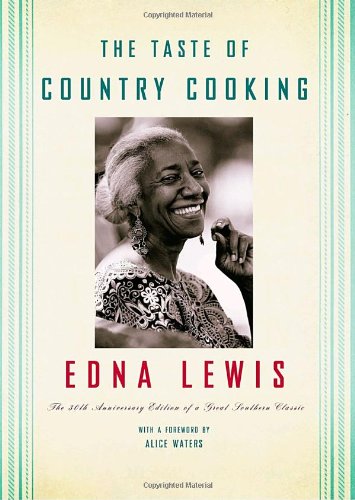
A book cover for The Taste of Country Cooking: 30th Anniversary Edition; Edna Lewis; Cookbooks, Food & Wine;